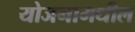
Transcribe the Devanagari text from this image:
योजनामधील